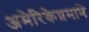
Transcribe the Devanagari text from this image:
अमेरिकेप्रमाणे